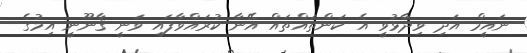
ނައީމް އަދި ވިދާޅުވީ އެ ކަންތައްތައް އޭނާ ކުރައްވާފައި ވަނީ ޤާނޫނީ އިމުގެ